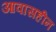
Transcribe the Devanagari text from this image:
आवासहीन